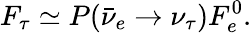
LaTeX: F_{\tau}\simeq P(\bar{\nu}_{e}\rightarrow\nu_{\tau})F_{e}^{0}.